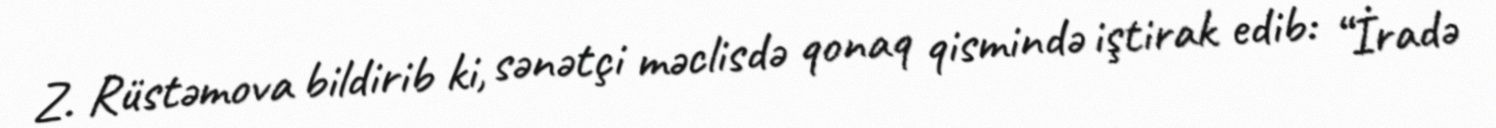
Z. Rüstəmova bildirib ki, sənətçi məclisdə qonaq qismində iştirak edib: “İradə